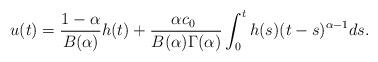
LaTeX: \begin{align*} u(t) = \frac{1-\alpha}{B(\alpha)}h(t) + \frac{\alpha c_{0}~}{B(\alpha) \Gamma(\alpha)} \int_{0}^{t} h(s) (t-s)^{\alpha-1} ds.\end{align*}